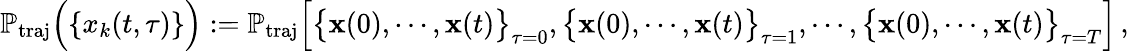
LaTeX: \mathbb{P}_{\mathrm{traj}}\Big(\{ x_{k}(t,\tau)\} \Big):=\mathbb{P}_{\mathrm{traj}}\Big[\big\{ \mathbf{x}(0),\cdots,\mathbf{x}(t)\big\} _{\tau=0},\big\{ \mathbf{x}(0),\cdots,\mathbf{x}(t)\big\} _{\tau=1},\cdots,\big\{ \mathbf{x}(0),\cdots,\mathbf{x}(t)\big\} _{\tau=T}\Big]\, ,